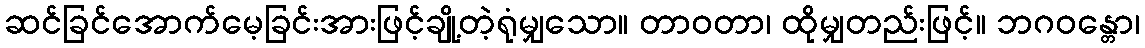
ဆင်ခြင်အောက်မေ့ခြင်းအားဖြင့်ချို့တဲ့ရုံမျှသော။ တာဝတာ၊ ထိုမျှတည်းဖြင့်။ ဘဂဝန္တော၊